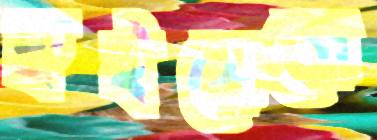
হুইসেলে